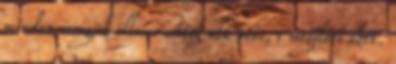
minden seregük ellen. Átok alá veti, s megöleti őket.